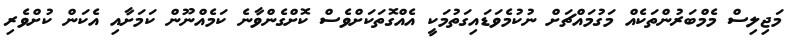
މަޖިލިސް މެމްބަރުންތަކެއް މަގުމައްޗަށް ނުކުމެވަޑައިގަތުމަކީ އެއްގޮތަކަށްވެސް ކޮށްގެންވާނެ ކަމެއްނޫން ކަމަށާއި އެކަން ކުށްވެރި